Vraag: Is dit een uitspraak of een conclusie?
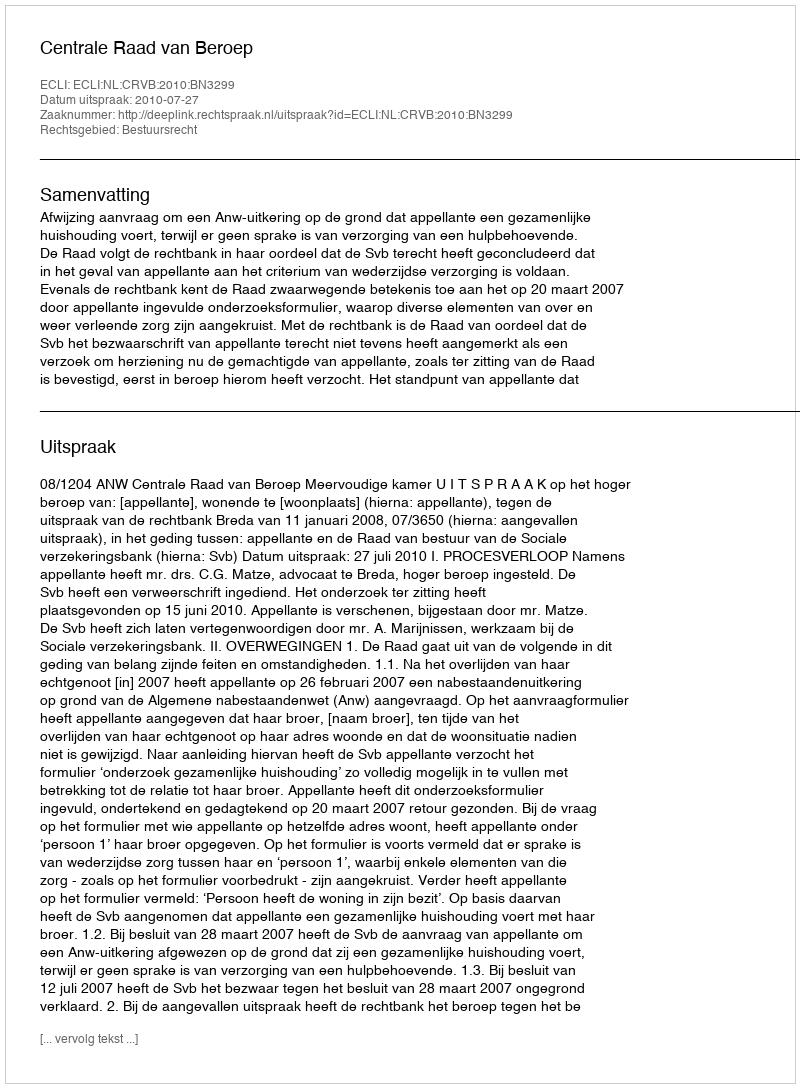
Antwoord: Uitspraak